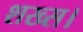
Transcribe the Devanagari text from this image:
शख्स।